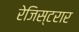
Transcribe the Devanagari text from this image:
रेजिस्टरार